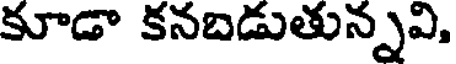
కూడా కనబడుతున్నవి,